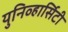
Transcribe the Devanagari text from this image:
युनिव्हार्सिटी